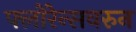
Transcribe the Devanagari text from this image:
फ्लोरेन्सवरुन